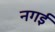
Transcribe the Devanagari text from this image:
नगई